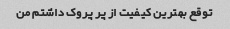
توقع بهترین کیفیت از پر پروک داشتم من